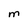
Character: M